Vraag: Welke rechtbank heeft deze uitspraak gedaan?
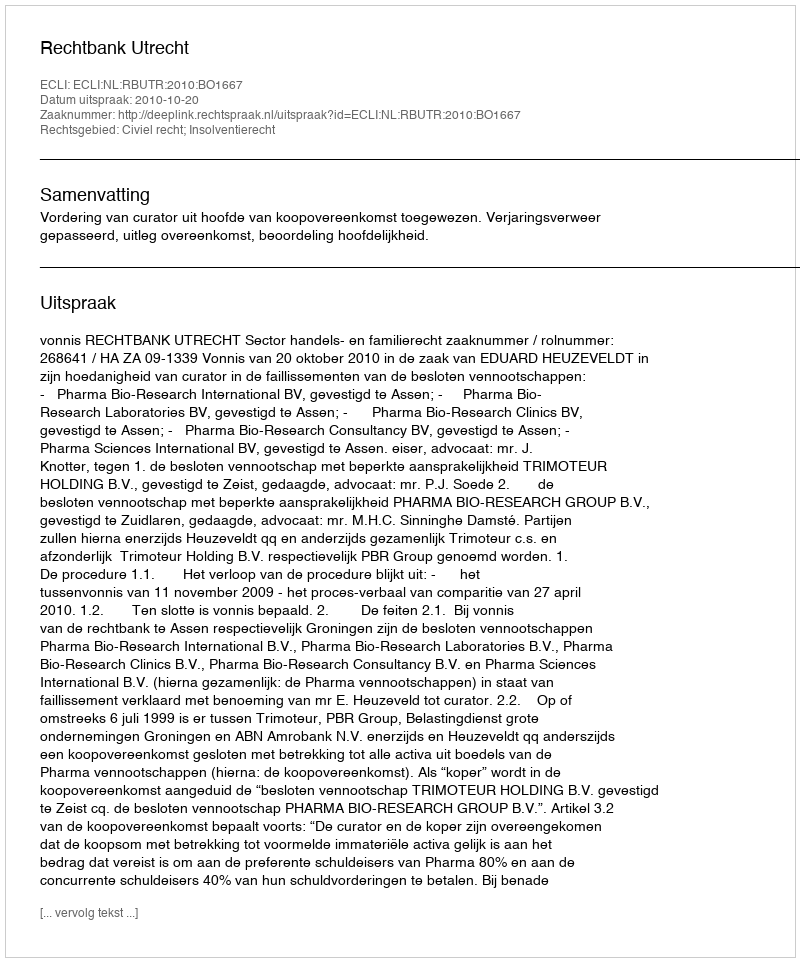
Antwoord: Rechtbank Utrecht